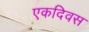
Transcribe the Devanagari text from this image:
एकदिवस